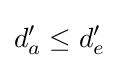
d'_{a}\leq d'_{e}